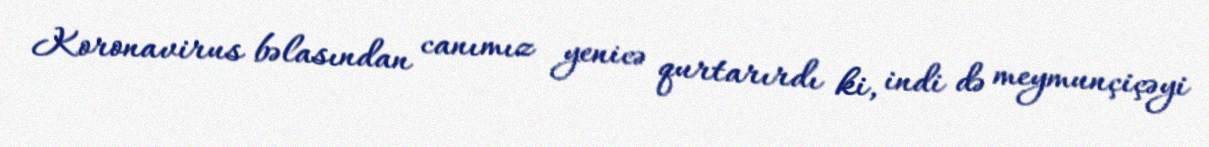
Koronavirus bəlasından canımız yenicə qurtarırdı ki, indi də meymunçiçəyi